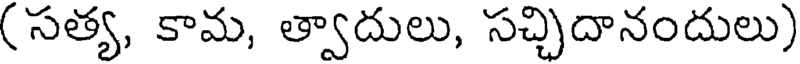
(సత్య, కామ, త్వాదులు, సచ్చిదానందులు)